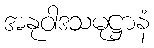
အနုဝါဒသမုဋ္ဌာနံ